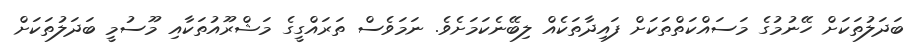
ބަދަލުތަކަށް ހޭނުމުގެ މަސައްކަތްތަކަށް ފައިދާތަކެއް ލިބޭނެކަމަށެވެ. ނަމަވެސް ތަރައްގީގެ މަޝްރޫއުތަކާއި މޫސުމީ ބަދަލުތަކަށް